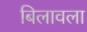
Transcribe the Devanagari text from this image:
बिलावला